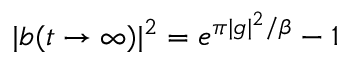
| b ( t \rightarrow \infty ) | ^ { 2 } = e ^ { \pi | g | ^ { 2 } / \beta } - 1